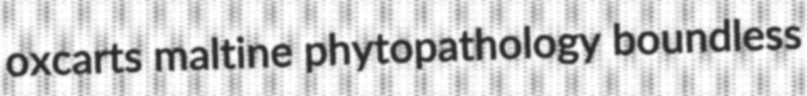
oxcarts maltine phytopathology boundless